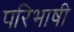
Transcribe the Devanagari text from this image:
परिभाषी